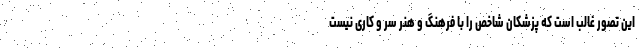
این تصور غالب است که پزشکان شاخص را با فرهنگ و هنر سر و کاری نیست